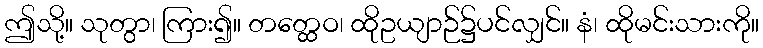
ဤသို့။ သုတွာ၊ ကြား၍။ တတ္ထေဝ၊ ထိုဥယျာဉ်၌ပင်လျှင်။ နံ၊ ထိုမင်းသားကို။